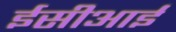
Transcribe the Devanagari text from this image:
ईसीआई